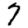
Digit: 7